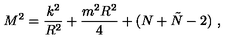
M ^ { 2 } = \frac { k ^ { 2 } } { R ^ { 2 } } + \frac { m ^ { 2 } R ^ { 2 } } { 4 } + ( N + \tilde { N } - 2 ) \ ,